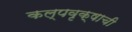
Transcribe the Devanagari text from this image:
कल्पवृक्षाची